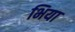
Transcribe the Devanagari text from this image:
भिया